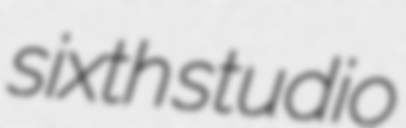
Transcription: sixth studio